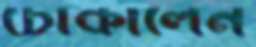
চোকালেন